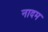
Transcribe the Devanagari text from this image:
नादम